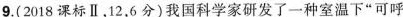
9.(2018课标Ⅱ，12，6分)我国科学家研发了一种室温下”可呼